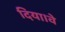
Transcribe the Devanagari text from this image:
दिया।वे